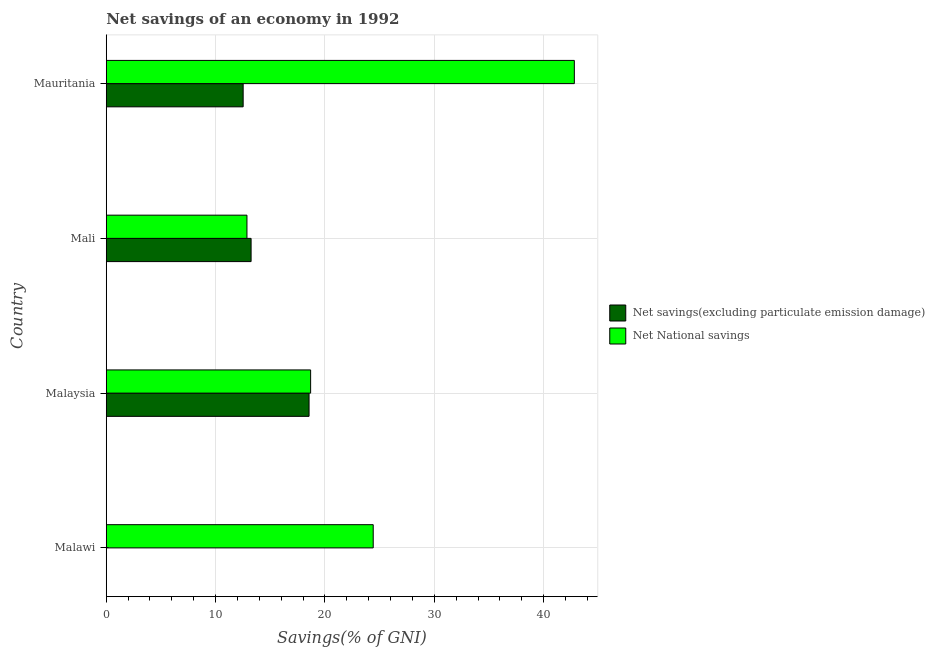
| Country | Net savings(excluding particulate emission damage) | Net National savings |
 | --- | --- | --- |
 | Malawi | -8.31 | 24.4 |
 | Malaysia | 18.5 | 18.7 |
 | Mali | 13.2 | 12.9 |
 | Mauritania | 12.5 | 42.8 |